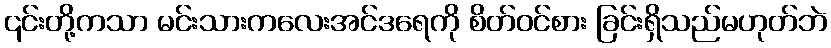
၎င်းတို့ကသာ မင်းသားကလေးအင်ဒရေကို စိတ်ဝင်စား ခြင်းရှိသည်မဟုတ်ဘဲ